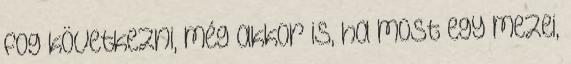
fog következni, még akkor is, ha most egy mezei,